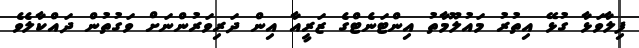
ފިލާވަޅާ ގުޅޭ އިތުރު މައުލޫމާތު އިންޓަނެޓްގެ ޒަރީއާ އިން ދަރިވަރުންނަށް ވަގުތުން ދައްކާލެވެ